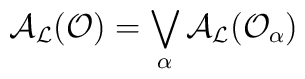
{\cal A}_{\cal L}({\cal O})=\bigvee_\alpha  {\cal A}_{\cal L}({\cal O}_\alpha)